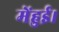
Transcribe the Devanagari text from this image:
मेंहुई।